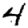
Digit: 4